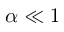
\alpha \ll 1